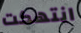
انتهكت